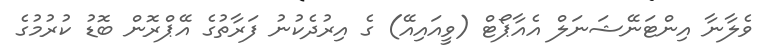
ވެލާނާ އިންޓަނޭޝަނަލް އެއާޕޯޓް (ވީއައިއޭ) ގެ އިރުދެކުނު ފަރާތުގެ އޭޕްރޮން ބޮޑު ކުރުމުގެ